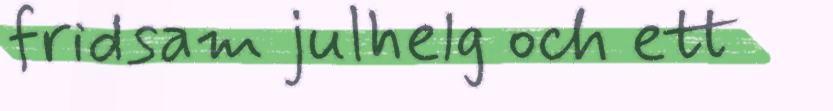
fridsam julhelg och ett